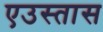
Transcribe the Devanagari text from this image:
एउस्तास